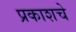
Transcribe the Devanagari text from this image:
प्रकाशचे